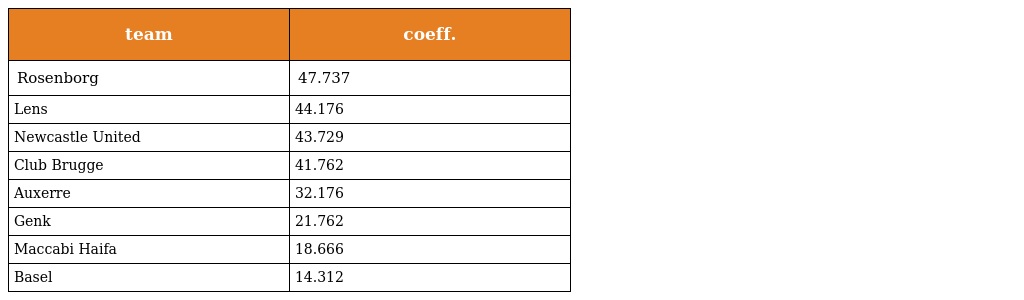
| team | coeff. |
 | --- | --- |
 | Rosenborg | 47.737 |
 | Lens | 44.176 |
 | Newcastle United | 43.729 |
 | Club Brugge | 41.762 |
 | Auxerre | 32.176 |
 | Genk | 21.762 |
 | Maccabi Haifa | 18.666 |
 | Basel | 14.312 |